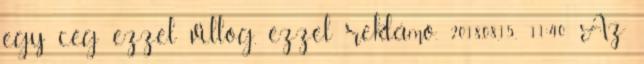
egy cég ezzel villog, ezzel reklámo. 2018.08.15. 11:40 Az